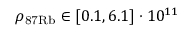
\rho _ { \mathrm { 8 7 R b } } \in [ 0 . 1 , 6 . 1 ] \cdot 1 0 ^ { 1 1 }